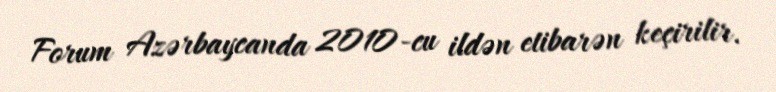
Forum Azərbaycanda 2010-cu ildən etibarən keçirilir.